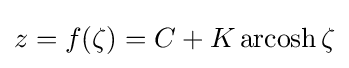
z=f(\zeta )=C+K\operatorname {arcosh} \zeta